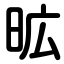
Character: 昿